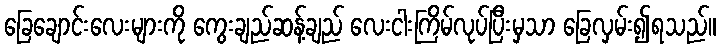
ခြေချောင်းလေးများကို ကွေးချည်ဆန့်ချည် လေးငါးကြိမ်လုပ်ပြီးမှသာ ခြေလှမ်း၍ရသည်။